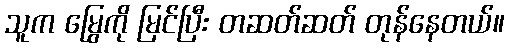
သူက မြွေကို မြင်ပြီး တဆတ်ဆတ် တုန်နေတယ်။